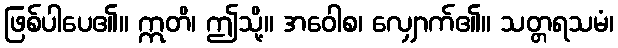
ဖြစ်ပါပေ၏။ ဣတိ၊ ဤသို့။ အဝေါစ၊ လျှောက်၏။ သတ္တရသမံ၊